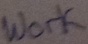
Text: work